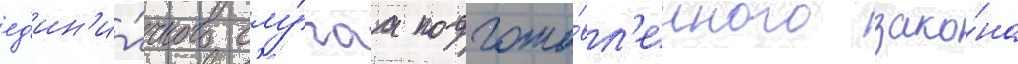
ед'ин'и́чного слу́чаа подгото́вл'енного зако́на